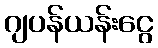
ဂျပန်ယန်းငွေ